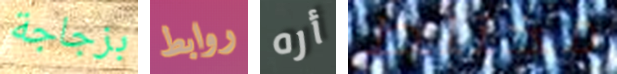
بزجاجة روابط أره مختلط